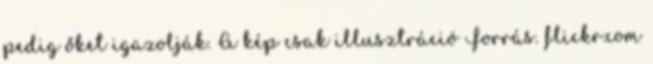
pedig őket igazolják. A kép csak illusztráció Forrás. flickr.com